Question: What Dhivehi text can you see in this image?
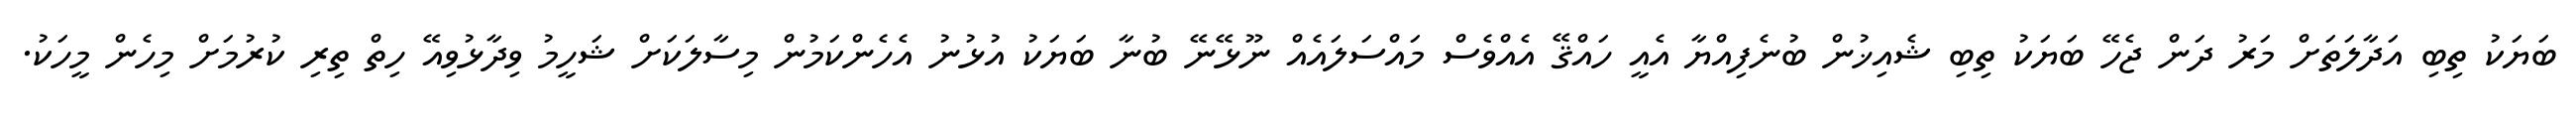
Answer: ބަޔަކު ތިބި އަދާލަތަށް މަރު ދަން ޖެހޭ ބަޔަކު ތިބި ޝެއިޚުން ބުނެފިއްޔާ އެއީ ހައްޤޭ އެއްވެސް މައްސަލައެއް ނޫޅޭނޭ ބުނާ ބަޔަކު އުޅުނު އެހެންކަމުން މިސާލަކަށް ޝަހީމު ވިދާޅުވިއޭ ހިތް ތިރި ކުރުމަށް މިހެން މީހަކު.